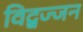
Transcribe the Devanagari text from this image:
विद्बज्जन